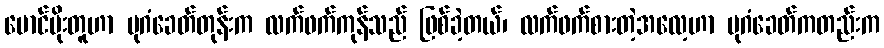
မောင်ပိုးတူဟာ ပုဂံခေတ်တုန်းက လက်ဖက်ကုန်သည် ဖြစ်ခဲ့တယ်၊ လက်ဖက်စားတဲ့အလေ့ဟာ ပုဂံခေတ်ကတည်းက